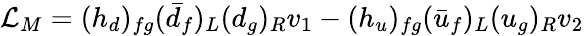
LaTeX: {\cal L}_{M}=(h_{d})_{fg}(\bar{d}_{f})_{L}(d_{g})_{R}v_{1}-(h_{u})_{fg}(\bar{u}_{f})_{L}(u_{g})_{R}v_{2}